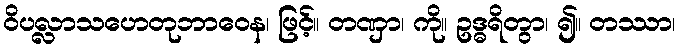
ဝိပလ္လာသဟေတုဘာဝေန၊ ဖြင့်။ တဏှာ၊ ကို။ ဥဒ္ဓရိတွာ၊ ၍။ တဿာ၊